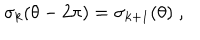
\sigma _ { k } ( \theta - 2 \pi ) = \sigma _ { k + 1 } ( \theta ) \; ,